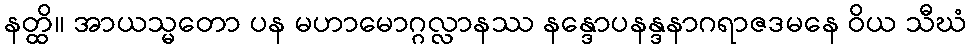
နတ္ထိ။ အာယသ္မတော ပန မဟာမောဂ္ဂလ္လာနဿ နန္ဒောပနန္ဒနာဂရာဇဒမနေ ဝိယ သီဃံ